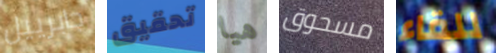
جابرييل تحقيق هيا مسحوق للقاء